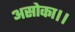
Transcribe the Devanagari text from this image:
असोका।।